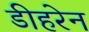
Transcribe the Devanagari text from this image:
डीहरेन